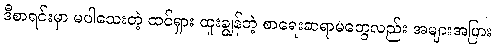
ဒီစာရင်းမှာ မပါသေးတဲ့ ထင်ရှား ထူးချွန်တဲ့ စာရေးဆရာမတွေလည်း အများအပြား